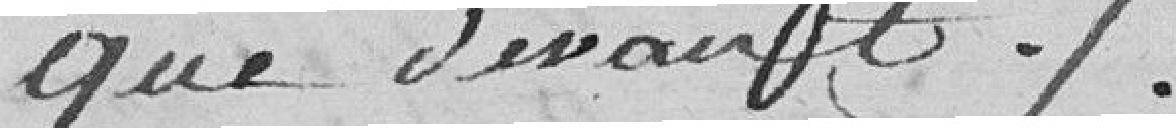
que devant